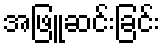
အဖြူဆင်းခြင်း